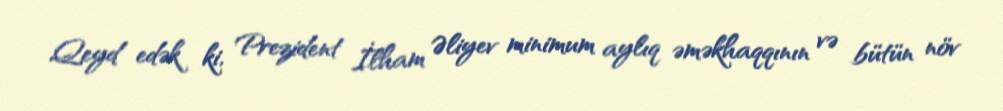
Qeyd edək ki, Prezident İlham Əliyev minimum aylıq əməkhaqqının və bütün növ